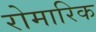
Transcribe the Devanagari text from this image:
रोमारिक